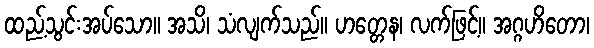
ထည့်သွင်းအပ်သော။ အသိ၊ သံလျက်သည်။ ဟတ္တေန၊ လက်ဖြင့်။ အဂ္ဂဟိတော၊